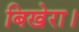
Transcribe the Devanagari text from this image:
बिखेरा।